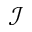
\mathcal { I }